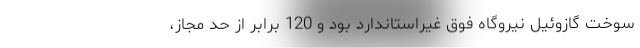
سوخت گازوئیل نیروگاه فوق غیراستاندارد بود و 120 برابر از حد مجاز،